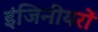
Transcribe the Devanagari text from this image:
इंजिनीयरों